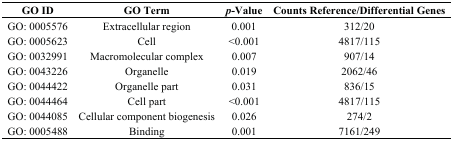
<table><thead><tr><td><b>GO ID</b></td><td><b>GO Term</b></td><td><b><i>p</i>-Value</b></td><td><b>Counts Reference/Differential Genes</b></td></tr></thead><tbody><tr><td>GO: 0005576</td><td>Extracellular region</td><td>0.001</td><td>312/20</td></tr><tr><td>GO: 0005623</td><td>Cell</td><td>&lt;0.001</td><td>4817/115</td></tr><tr><td>GO: 0032991</td><td>Macromolecular complex</td><td>0.007</td><td>907/14</td></tr><tr><td>GO: 0043226</td><td>Organelle</td><td>0.019</td><td>2062/46</td></tr><tr><td>GO: 0044422</td><td>Organelle part</td><td>0.031</td><td>836/15</td></tr><tr><td>GO: 0044464</td><td>Cell part</td><td>&lt;0.001</td><td>4817/115</td></tr><tr><td>GO: 0044085</td><td>Cellular component biogenesis</td><td>0.026</td><td>274/2</td></tr><tr><td>GO: 0005488</td><td>Binding</td><td>0.001</td><td>7161/249</td></tr></tbody></table>